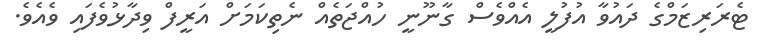
ޓެރަރިޒަމްގެ ދައުވާ އުފުލީ އެއްވެސް ގާނޫނީ ހުއްޖަތެއް ނެތިކަމަށް އަރީފް ވިދާޅުވެފައި ވެއެވެ.